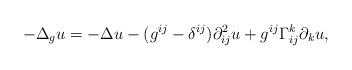
LaTeX: \begin{align*}-\Delta_g u = -\Delta u -(g^{ij}-\delta^{ij})\partial^2_{ij}u+g^{ij}\Gamma^k_{ij}\partial_k u, \end{align*}